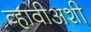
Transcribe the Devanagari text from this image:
व्हावीअशी